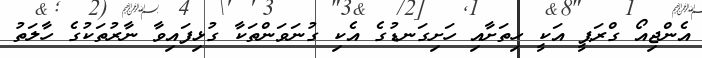
އެންޖިއޯ ގްރަޕީ އަކީ ހިތަށާއި ހަށިގަނޑުގެ އެކި ގުނަވަންތަކާ ގުޅިފައިވާ ނާރުތަކުގެ ހާލަތު